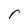
Character: r